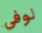
لوفي